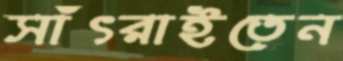
সাঁৎরাইতেন